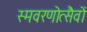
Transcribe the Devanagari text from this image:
स्मवरणोत्सैवों